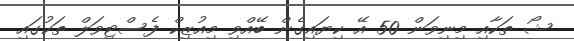
ޝޯ ތަކާއި މިނިވަން 50 އޭ ކިޔައިގެން ބޭއްވި މިއުޒިކް ފެސްޓިވަލް ތަކުގައި